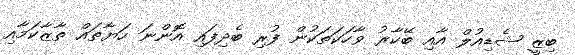
ބިޒީ ޝެޑިއުލް އާއި ބޭކާރު ވާހަކަތަކުން ފުރި ބެދިފައި އޮންނަ ހަޔާތައް ތާޒާކަމާއި